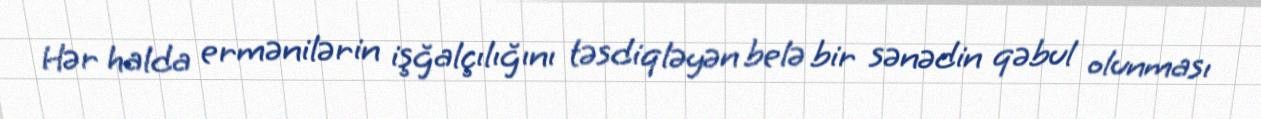
Hər halda ermənilərin işğalçılığını təsdiqləyən belə bir sənədin qəbul olunması